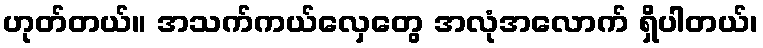
ဟုတ်တယ်။ အသက်ကယ်လှေတွေ အလုံအလောက် ရှိပါတယ်၊